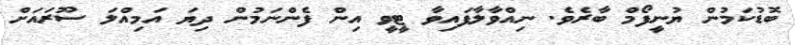
ބޮޑުކަމުން ޔުނީފޯމް ބާރެވެ. ނިއްވާލާފައިވާ ޓީވީ އިން ފެންނަމުން ދިޔަ އަމިއްލަ ސޫރައަށް